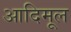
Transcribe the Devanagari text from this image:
आदिमूल